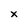
Character: x